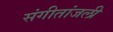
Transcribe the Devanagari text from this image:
संगीतांजली